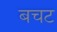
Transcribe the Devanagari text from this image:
बचट